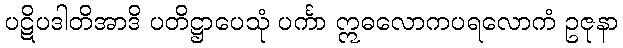
ပဋိပဒါတိအာဒိ ပတိဋ္ဌာပေသုံ ပင်္ကာ ဣဓလောကပရလောကံ ဥဇုနာ